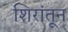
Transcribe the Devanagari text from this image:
शिरांतून